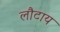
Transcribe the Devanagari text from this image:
लौटाय